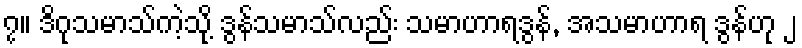
၇။ ဒိဂုသမာသ်ကဲ့သို့ ဒွန်သမာသ်လည်း သမာဟာရဒွန်, အသမာဟာရ ဒွန်ဟု ၂